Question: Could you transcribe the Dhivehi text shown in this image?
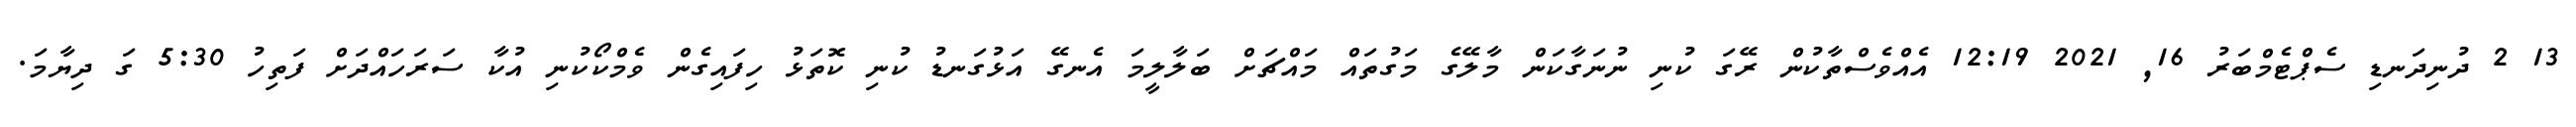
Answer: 13 2 ދުނިދަނޑި ސެޕްޓެމްބަރު 16, 2021 12:19 އެއްވެސްތާކުން ރޭގަ ކުނި ނުނަގާކަން މާލޭގެ މަގުތައް މައްޗަށް ބަލާލީމަ އެނގޭ އަޅުގަނޑު ކުނި ކޮތަޅު ހިފައިގެން ވެމްކޯކުނި އުކާ ސަރަހައްދަށް ފަތިހު 5:30 ގަ ދިޔާމަ.